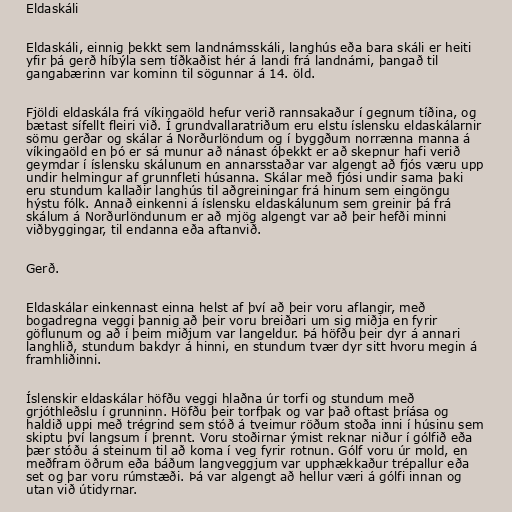
Eldaskáli

Eldaskáli, einnig þekkt sem landnámsskáli, langhús eða bara skáli er heiti
yfir þá gerð híbýla sem tíðkaðist hér á landi frá landnámi, þangað til
gangabærinn var kominn til sögunnar á 14. öld.

Fjöldi eldaskála frá víkingaöld hefur verið rannsakaður í gegnum tíðina, og
bætast sífellt fleiri við. Í grundvallaratriðum eru elstu íslensku eldaskálarnir
sömu gerðar og skálar á Norðurlöndum og í byggðum norrænna manna á
víkingaöld en þó er sá munur að nánast óþekkt er að skepnur hafi verið
geymdar í íslensku skálunum en annarsstaðar var algengt að fjós væru upp
undir helmingur af grunnfleti húsanna. Skálar með fjósi undir sama þaki
eru stundum kallaðir langhús til aðgreiningar frá hinum sem eingöngu
hýstu fólk. Annað einkenni á íslensku eldaskálunum sem greinir þá frá
skálum á Norðurlöndunum er að mjög algengt var að þeir hefði minni
viðbyggingar, til endanna eða aftanvið.

Gerð.

Eldaskálar einkennast einna helst af því að þeir voru aflangir, með
bogadregna veggi þannig að þeir voru breiðari um sig miðja en fyrir
göflunum og að í þeim miðjum var langeldur. Þá höfðu þeir dyr á annari
langhlið, stundum bakdyr á hinni, en stundum tvær dyr sitt hvoru megin á
framhliðinni.

Íslenskir eldaskálar höfðu veggi hlaðna úr torfi og stundum með
grjóthleðslu í grunninn. Höfðu þeir torfþak og var það oftast þríása og
haldið uppi með trégrind sem stóð á tveimur röðum stoða inni í húsinu sem
skiptu því langsum í þrennt. Voru stoðirnar ýmist reknar niður í gólfið eða
þær stóðu á steinum til að koma í veg fyrir rotnun. Gólf voru úr mold, en
meðfram öðrum eða báðum langveggjum var upphækkaður trépallur eða
set og þar voru rúmstæði. Þá var algengt að hellur væri á gólfi innan og
utan við útidyrnar.